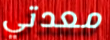
معدتي